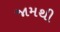
જામથી